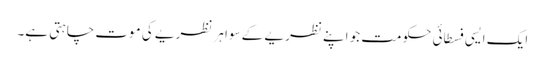
ایک ایسی فسطائی حکومت جو اپنے نظریے کے سوا ہر نظریے کی موت چاہتی ہے۔